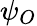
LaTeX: \psi_{O}